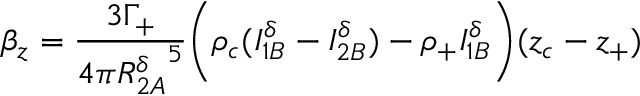
\beta _ { z } = \frac { 3 \Gamma _ { + } } { 4 \pi { R _ { 2 A } ^ { \delta } } ^ { 5 } } \Bigg ( \rho _ { c } ( I _ { 1 B } ^ { \delta } - I _ { 2 B } ^ { \delta } ) - \rho _ { + } I _ { 1 B } ^ { \delta } \Bigg ) ( z _ { c } - z _ { + } )